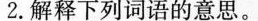
解释下列词语的意思。